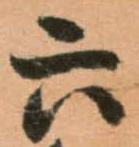
六